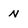
Character: N